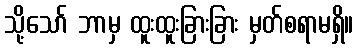
သို့သော် ဘာမှ ထူးထူးခြားခြား မှတ်စရာမရှိ။